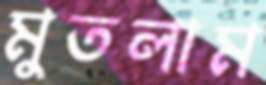
মুতলাম